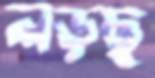
লড়ছ